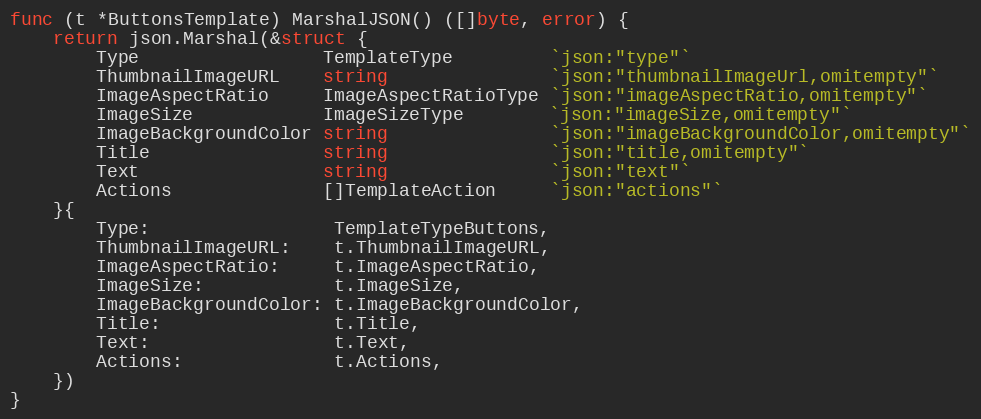
Language: Go
func (t *ButtonsTemplate) MarshalJSON() ([]byte, error) {
	return json.Marshal(&struct {
		Type                 TemplateType         `json:"type"`
		ThumbnailImageURL    string               `json:"thumbnailImageUrl,omitempty"`
		ImageAspectRatio     ImageAspectRatioType `json:"imageAspectRatio,omitempty"`
		ImageSize            ImageSizeType        `json:"imageSize,omitempty"`
		ImageBackgroundColor string               `json:"imageBackgroundColor,omitempty"`
		Title                string               `json:"title,omitempty"`
		Text                 string               `json:"text"`
		Actions              []TemplateAction     `json:"actions"`
	}{
		Type:                 TemplateTypeButtons,
		ThumbnailImageURL:    t.ThumbnailImageURL,
		ImageAspectRatio:     t.ImageAspectRatio,
		ImageSize:            t.ImageSize,
		ImageBackgroundColor: t.ImageBackgroundColor,
		Title:                t.Title,
		Text:                 t.Text,
		Actions:              t.Actions,
	})
}